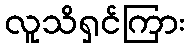
လူသိရှင်ကြား